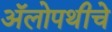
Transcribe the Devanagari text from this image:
अॅलोपथीचे